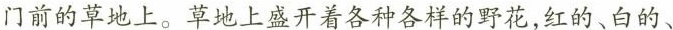
门前的草地上。草地上盛开着各种各样的野花，红的、白的、